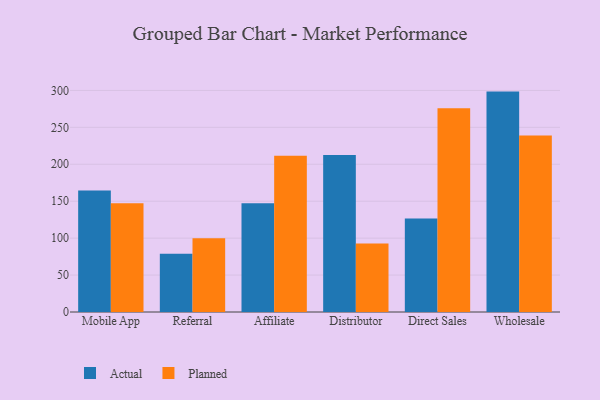
{"axis": {"x": "Channel", "y": "Bounce Rate (%)"}, "legend": ["Actual", "Planned"], "data": [{"x": "Mobile App", "y": 164.4, "type": "Actual"}, {"x": "Mobile App", "y": 147.2, "type": "Planned"}, {"x": "Referral", "y": 79.0, "type": "Actual"}, {"x": "Referral", "y": 99.9, "type": "Planned"}, {"x": "Affiliate", "y": 147.1, "type": "Actual"}, {"x": "Affiliate", "y": 211.5, "type": "Planned"}, {"x": "Distributor", "y": 212.4, "type": "Actual"}, {"x": "Distributor", "y": 92.6, "type": "Planned"}, {"x": "Direct Sales", "y": 126.5, "type": "Actual"}, {"x": "Direct Sales", "y": 275.8, "type": "Planned"}, {"x": "Wholesale", "y": 298.4, "type": "Actual"}, {"x": "Wholesale", "y": 239.0, "type": "Planned"}]}